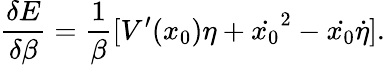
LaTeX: \frac{\delta E}{\delta\beta}=\frac{1}{\beta}[V^{\prime}(x_{0})\eta+\dot{x_{0}}^{2}-\dot{x_{0}}\dot{\eta}].